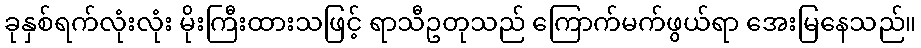
ခုနှစ်ရက်လုံးလုံး မိုးကြီးထားသဖြင့် ရာသီဥတုသည် ကြောက်မက်ဖွယ်ရာ အေးမြနေသည်။